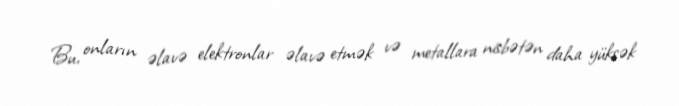
Bu, onların əlavə elektronlar əlavə etmək və metallara nisbətən daha yüksək